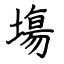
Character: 塲